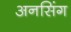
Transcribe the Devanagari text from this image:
अनसिंग